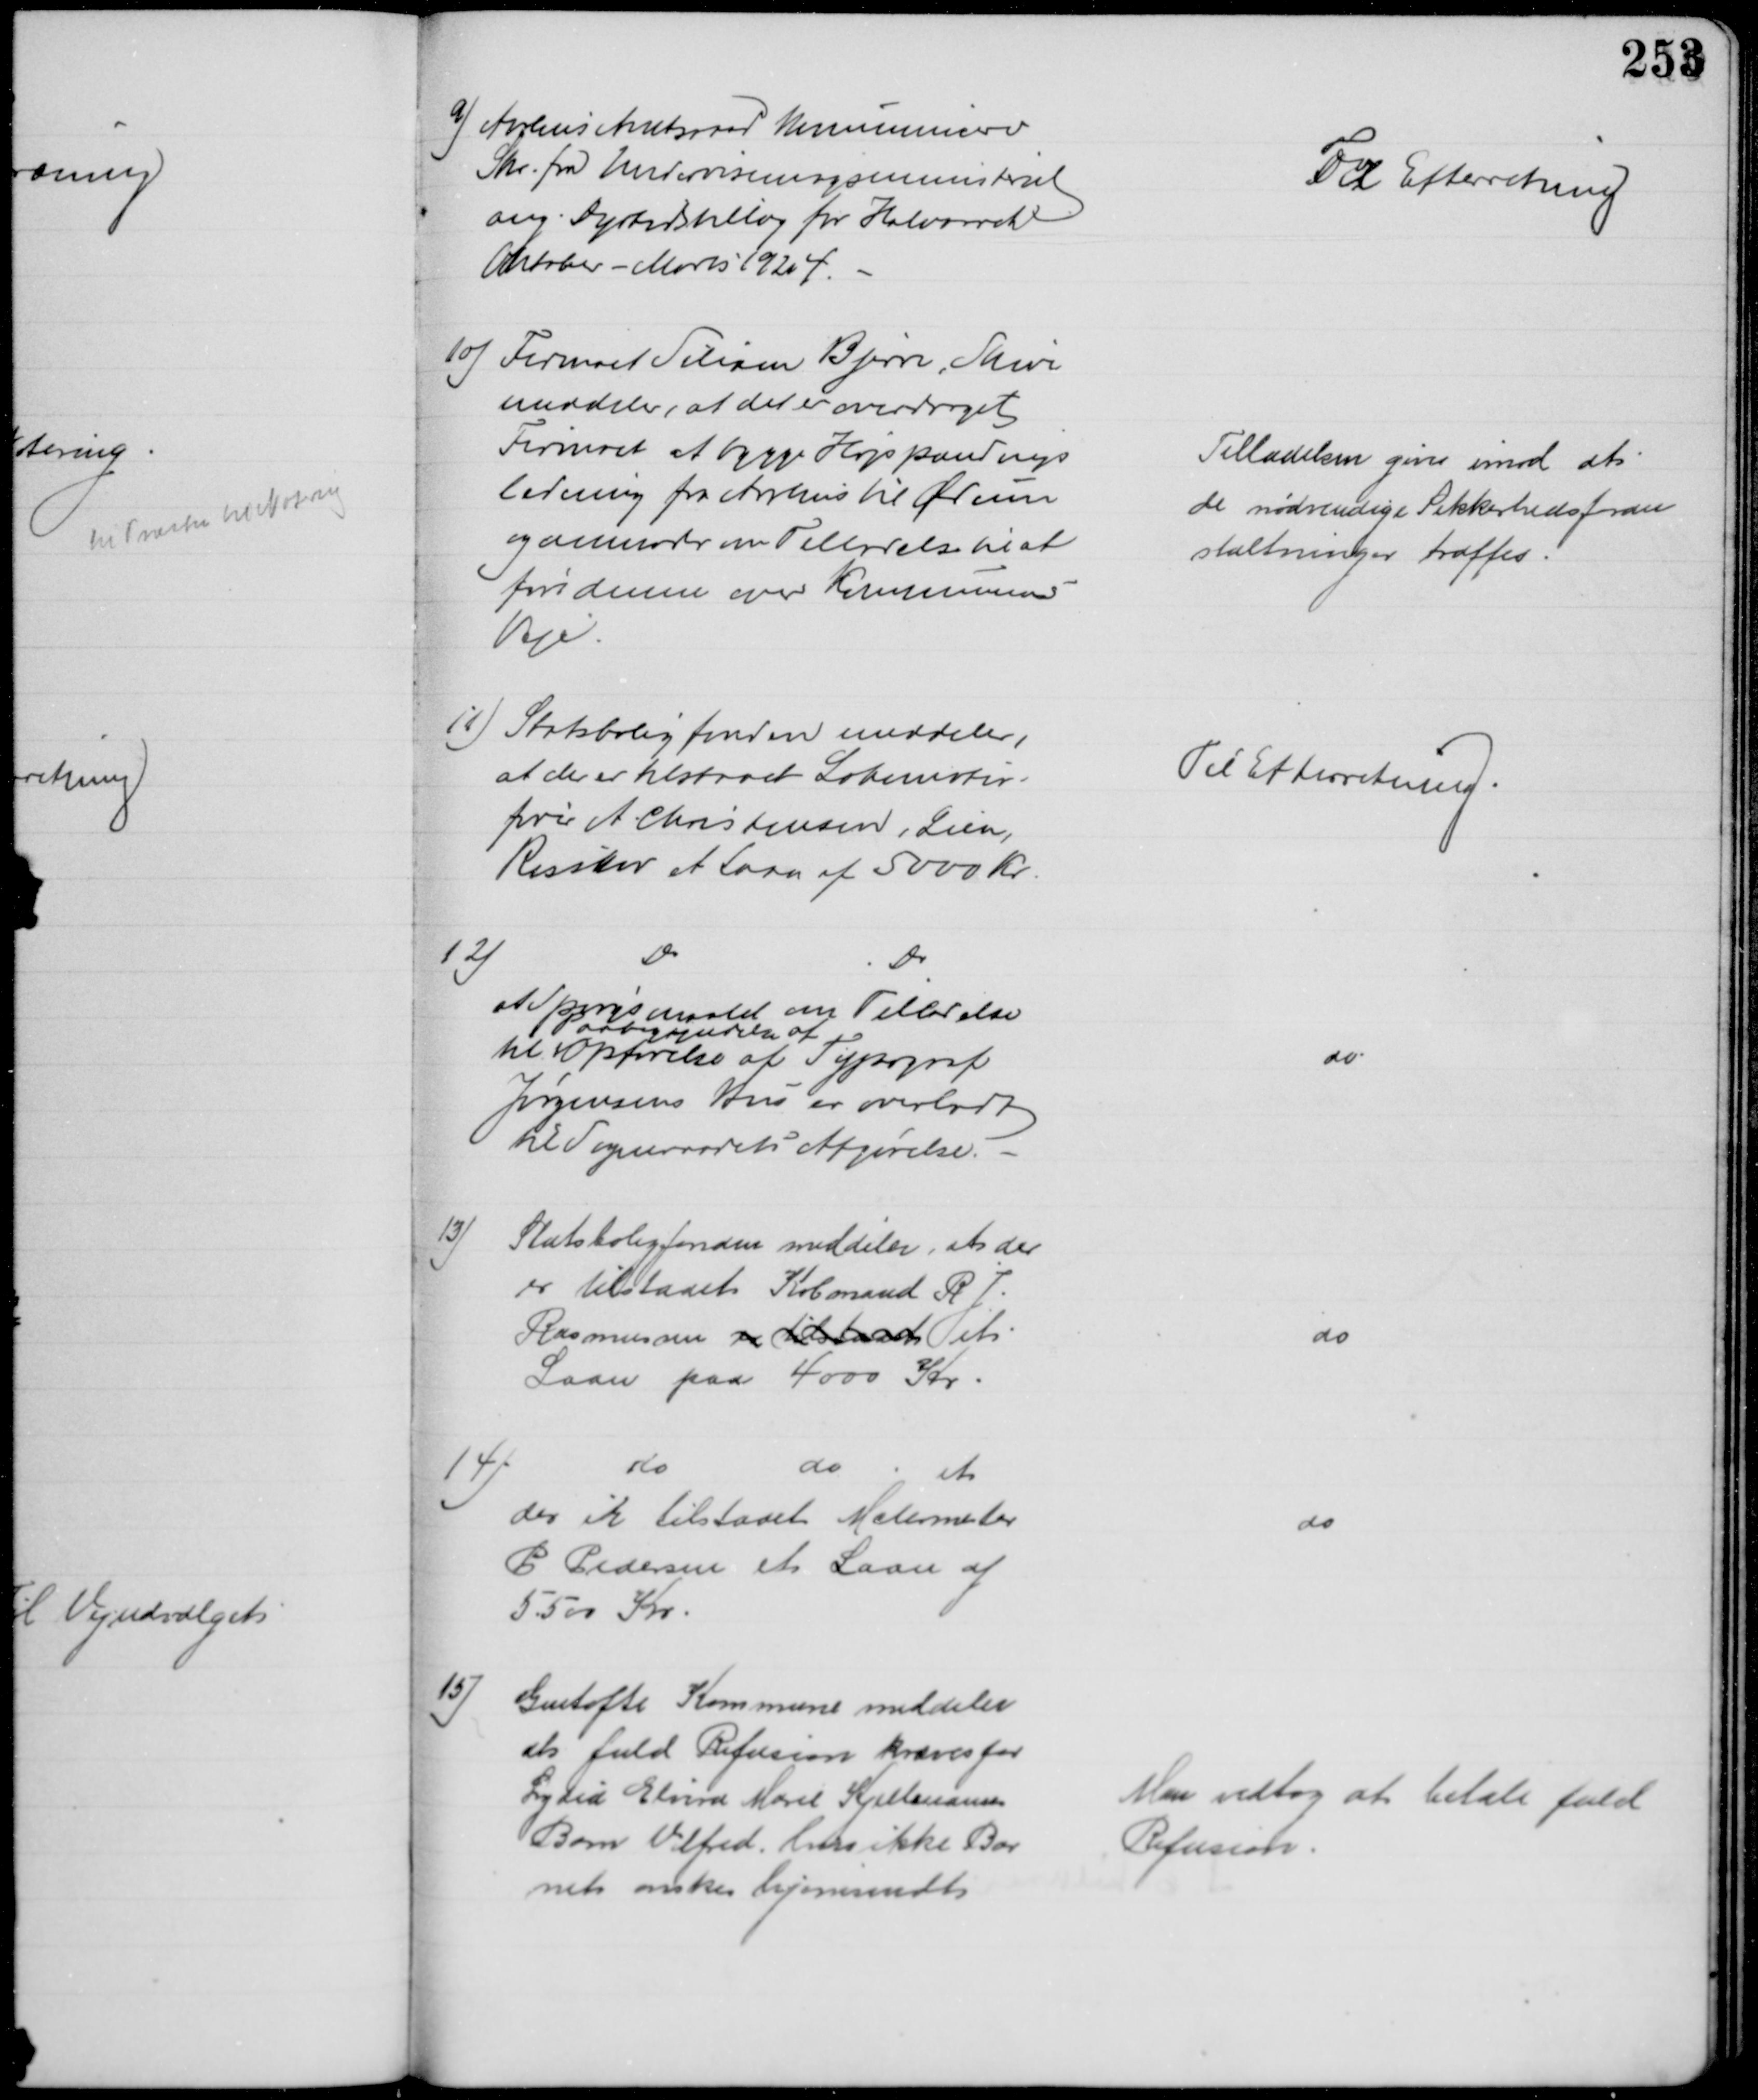
Transskription:
9) Aarhus Amtsraad kommunicerer
Skr. fra Undervisningsministeriet
ang. Dyrtidstillæg for Halvaaret
Oktober - Marts 1924.
Til Efterretning
10) Firmaet Siliam Bjerre, Skive
meddeler, at det er overdraget
Firmaet at bygge Højspændings
ledning fra Aarhus til Ødum
og anmoder om Tilladelse til at
føre denne over Kommunens
Veje
Tilladelsen gives imod at
de nødvendige Sikkerhedsforan
staltninger træffes.
11) Statsboligfonden meddeler,
at der er tilstaaet Lokomotiv-
fører A. Christensen, Lien,
Risskov et Laan af 5000 Kr.
Til Efterretning
12)
Do
Do
at Spørgsmaalet om Tilladelse
til 
Paabegyndelse af 
Opførelse af Typograf
Jørgensens Hus er overladt 
til Sogneraadets Afgørelse.
do
13) Statsboligfonden meddeler, at der 
er tilstaaet Købmand R J.
Rasmussen er tilstaaet et
Laan paa 4000 Kr
do
14)
do
do
at
der et tilstaaet Malermester
P Pedersen et Laan af
5.500 Kr
do
15)
Gentofte Kommune meddeler
at fuld Refusion kræves for
Lydia Elvira Marie Kjellmanns
Barn Vilfred, hvis ikke Bar
net ønskes hjemsendt
Man vedtog at betale fuld
Refusion.